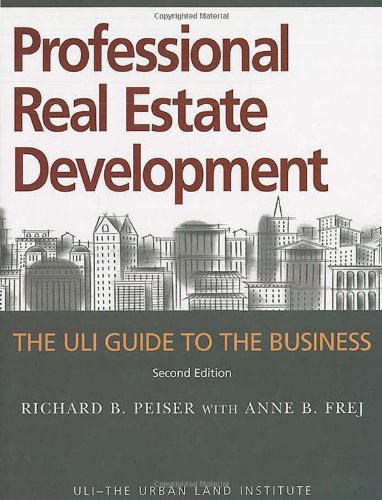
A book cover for Professional Real Estate Development: The ULI Guide to the Business, Second Edition; Richard B. Peiser; Arts & Photography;